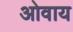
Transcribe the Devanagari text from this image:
ओवाय